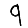
Digit: 9